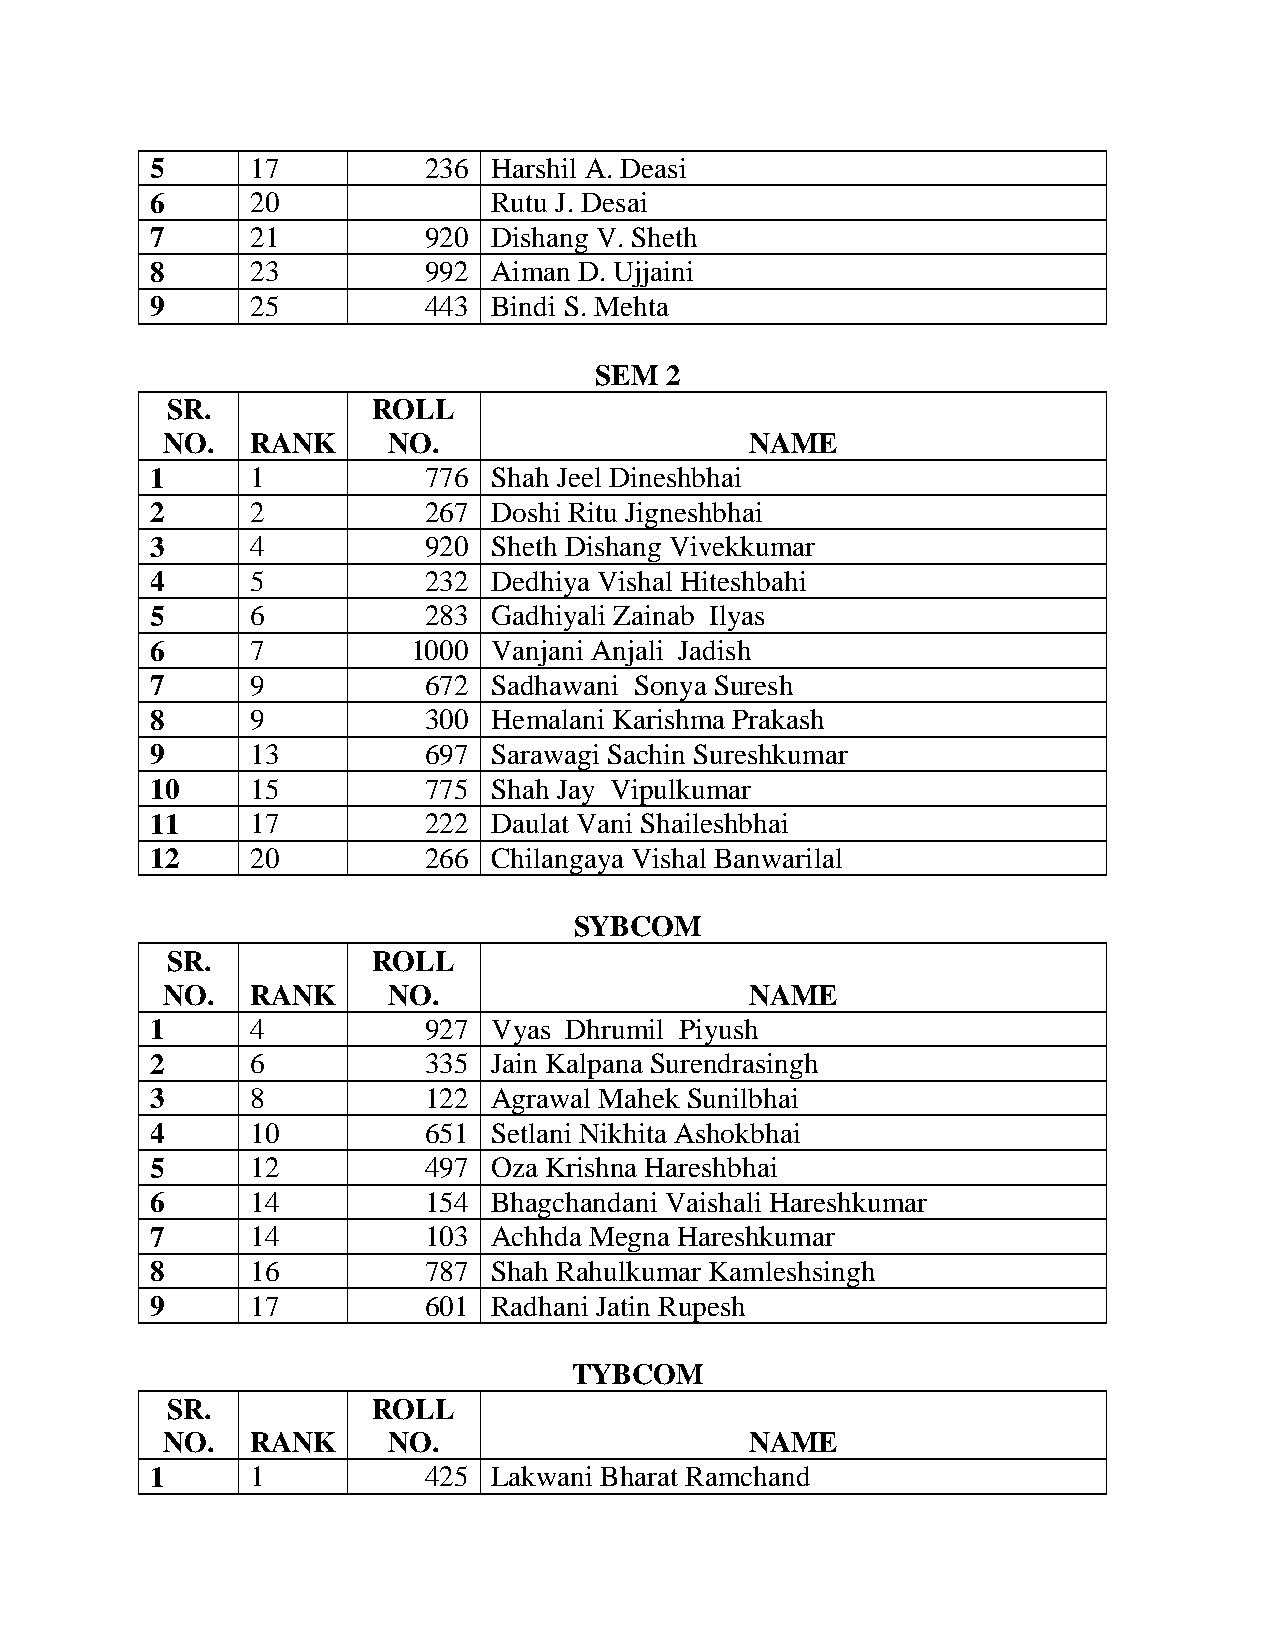
5      17         236  Harshil A. Deasi
 6      20              Rutu J. Desai
 7      21         920  Dishang V. Sheth
 8      23         992  Aiman D. Ujjaini
 9      25         443  Bindi S. Mehta
 SEM  2
 SR.           ROLL
 NO.   RANK     NO.                     NAME
 1      1          776  Shah Jeel Dineshbhai
 2      2          267  Doshi Ritu Jigneshbhai
 3      4          920  Sheth Dishang Vivekkumar
 4      5          232  Dedhiya Vishal Hiteshbahi
 5      6          283  Gadhiyali Zainab Ilyas
 6      7         1000  Vanjani Anjali Jadish
 7      9          672  Sadhawani Sonya Suresh
 8      9          300  Hemalani Karishma Prakash
 9      13         697  Sarawagi Sachin Sureshkumar
 10     15         775  Shah Jay Vipulkumar
 11     17         222  Daulat Vani Shaileshbhai
 12     20         266  Chilangaya Vishal Banwarilal
 SYBCOM
 SR.           ROLL
 NO.   RANK     NO.                     NAME
 1      4          927  Vyas Dhrumil Piyush
 2      6          335  Jain Kalpana Surendrasingh
 3      8          122  Agrawal Mahek Sunilbhai
 4      10         651  Setlani Nikhita Ashokbhai
 5      12         497  Oza Krishna Hareshbhai
 6      14         154  Bhagchandani Vaishali Hareshkumar
 7      14         103  Achhda Megna Hareshkumar
 8      16         787  Shah Rahulkumar Kamleshsingh
 9      17         601  Radhani Jatin Rupesh
 TYBCOM
 SR.           ROLL
 NO.   RANK     NO.                     NAME
 1      1          425  Lakwani Bharat Ramchand